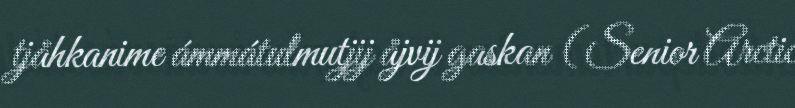
tjåhkanime ámmátulmutjij åjvij gaskan (Senior Arctic